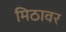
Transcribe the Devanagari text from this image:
मिठावर